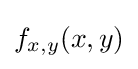
f_{x,y}(x,y)